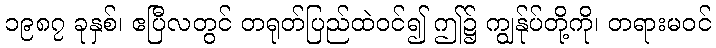
၁၉၈၇ ခုနှစ်၊ ဧပြီလတွင် တရုတ်ပြည်ထဲဝင်၍ ဤ၌ ကျွန်ုပ်တို့ကို၊ တရားမဝင်